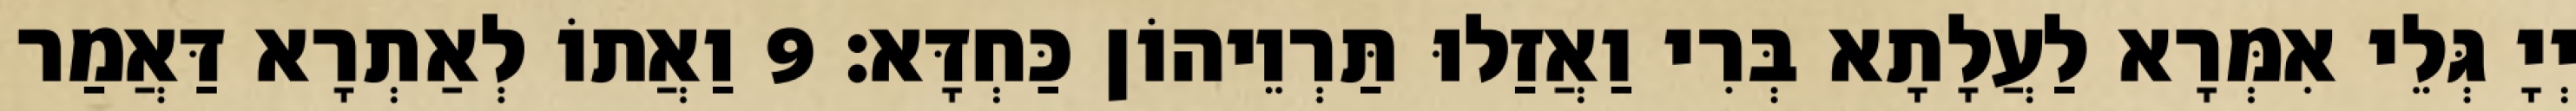
יְיָ גְּלֵי אִמְּרָא לַעֲלָתָא בְּרִי וַאֲזַלוּ תַּרְוֵיהוֹן כַּחְדָּא׃ 9 וַאֲתוֹ לְאַתְרָא דַּאֲמַר